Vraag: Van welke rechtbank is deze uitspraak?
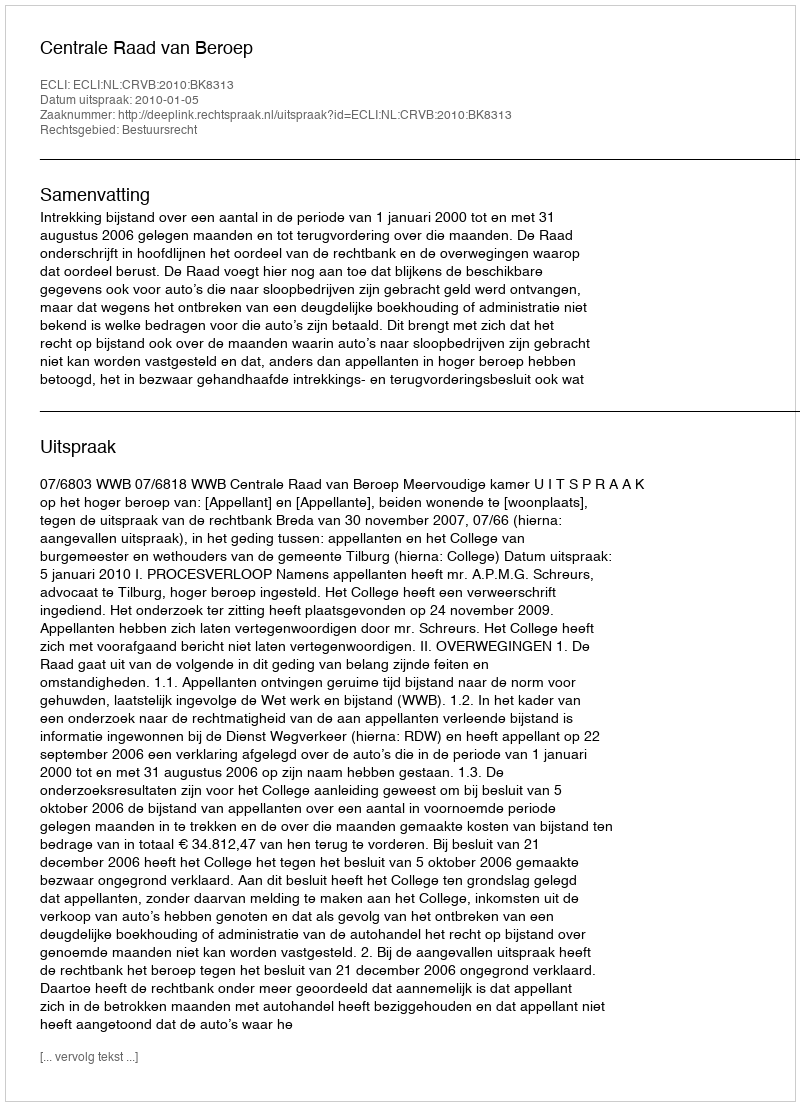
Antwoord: Centrale Raad van Beroep